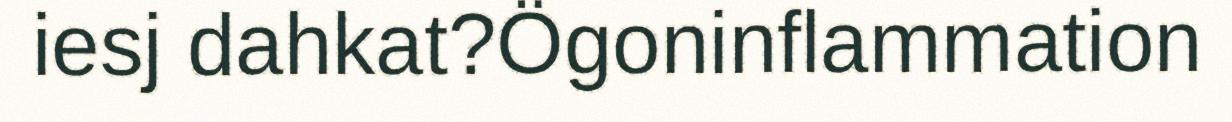
iesj dahkat?Ögoninflammation